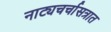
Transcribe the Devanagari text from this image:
नाट्यचर्चासत्रात